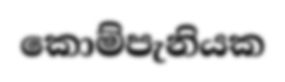
කොම්පැනියක